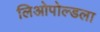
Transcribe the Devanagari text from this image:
लिओपोल्डला